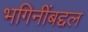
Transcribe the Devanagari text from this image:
भगिनींबद्दल